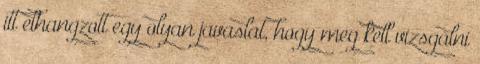
itt elhangzott egy olyan javaslat, hogy meg kell vizsgálni